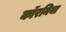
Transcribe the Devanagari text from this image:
कॉरनिया